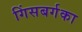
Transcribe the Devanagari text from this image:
गिंसबर्गका